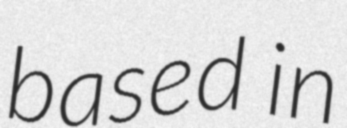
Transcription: based in